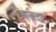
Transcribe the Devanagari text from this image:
बज़दर